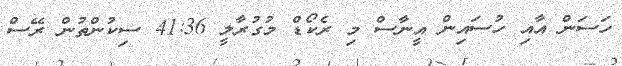
ހަސަން އާއި ހުސައިން އީނާސް މި ރެކޯޑް މުގުރާލީ 41:36 ސިކުންތުން ރޭސް